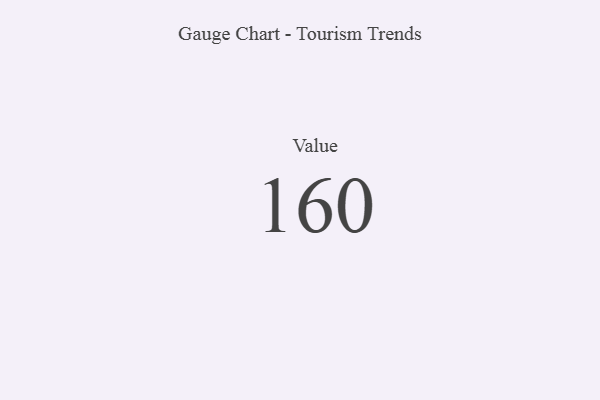
{"axis": {"x": "Metric", "y": "Value"}, "legend": [""], "data": [{"x": "Value", "y": 160, "type": ""}]}